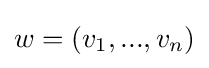
w=(v_{1},...,v_{n})